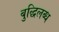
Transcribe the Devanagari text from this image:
बुद्धिलब्ध